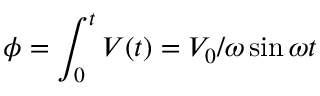
\phi = \int _ { 0 } ^ { t } V ( t ) = V _ { 0 } / \omega \sin \omega t